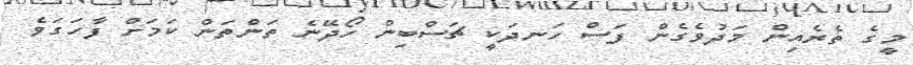
މީގެ ތެރެއިން މަދުވެގެން ފަސް ހަނދަކީ ޗަސްބިން ހޯދޭނެ ތަންތަން ކަމަށް ފާހަގަވެ